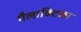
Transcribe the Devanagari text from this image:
गैलाक्टिका